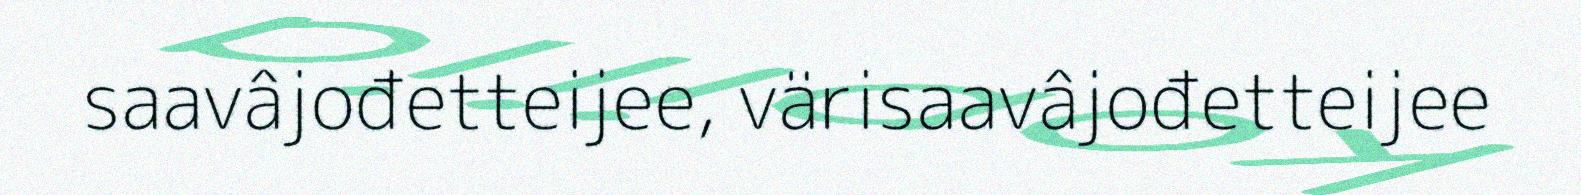
saavâjođetteijee, värisaavâjođetteijee